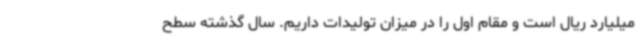
میلیارد ریال است و مقام اول را در میزان تولیدات داریم. سال گذشته سطح